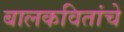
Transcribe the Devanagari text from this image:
बालकवितांचे